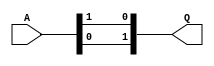
/* S-box using all normal bases */
/* case # 4 : [d^16, d], [alpha^8, alpha^2], [Omega^2, Omega] */
/* beta^8 = N^2*alpha^2, N = w^2 */
/* optimized using OR gates and NAND gates */

/* square in GF(2^2), using normal basis [Omega^2,Omega] */
/* inverse is the same as square in GF(2^2), using any normal basis */
module GF_SQ_2 ( A, Q );
    input [1:0] A;
    output [1:0] Q;
    assign Q = { A[0], A[1] };
endmodule

/* multiply in GF(2^2), shared factors, using normal basis [Omega^2,Omega] */
module GF_MULS_2 ( A, ab, B, cd, Y );
    input [1:0] A;
    input ab;
    input [1:0] B;
    input cd;
    output [1:0] Y;
    wire abcd, p, q;
    assign abcd = ~(ab & cd); /* note: ~& syntax for NAND wont compile */
    assign p = (~(A[1] & B[1])) ^ abcd;
    assign q = (~(A[0] & B[0])) ^ abcd;
    assign Y = { p, q };
endmodule

/* multiply & scale by N in GF(2^2), shared factors, basis [Omega^2,Omega] */
module GF_MULS_SCL_2 ( A, ab, B, cd, Y );
    input [1:0] A;
    input ab;
    input [1:0] B;
    input cd;
    output [1:0] Y;
    wire t, p, q;
    assign t = ~(A[0] & B[0]); /* note: ~& syntax for NAND wont compile */
    assign p = (~(ab & cd)) ^ t;
    assign q = (~(A[1] & B[1])) ^ t;
    assign Y = { p, q };
endmodule

/* inverse in GF(2^4)/GF(2^2), using normal basis [alpha^8, alpha^2] */
module GF_INV_4 ( X, Y );
input [3:0] X;
output [3:0] Y;
    wire [1:0] a, b, c, d, p, q;
    wire sa, sb, sd; /* for shared factors in multipliers */
    assign a = X[3:2];
    assign b = X[1:0];
    assign sa = a[1] ^ a[0];
    assign sb = b[1] ^ b[0];
    /* optimize this section as shown below
    GF_MULS_2 abmul(a, sa, b, sb, ab);
    GF_SQ_2 absq( (a ^ b), ab2);
    GF_SCLW2_2 absclN( ab2, ab2N);
    GF_SQ_2 dinv( (ab ^ ab2N), d);
    */
    assign c = { /* note: ~| syntax for NOR wont compile */
    ~(a[1] | b[1]) ^ (~(sa & sb)) ,
    ~(sa | sb) ^ (~(a[0] & b[0])) };
    GF_SQ_2 dinv( c, d);
    /* end of optimization */
    assign sd = d[1] ^ d[0];
    GF_MULS_2 pmul(d, sd, b, sb, p);
    GF_MULS_2 qmul(d, sd, a, sa, q);
    assign Y = { p, q };
endmodule

/* multiply in GF(2^4)/GF(2^2), shared factors, basis [alpha^8, alpha^2] */
module GF_MULS_4 ( A, a1, Al, Ah, aa, B, b1, Bl, Bh, bb, Q );
    input [3:0] A;
    input [1:0] a1;
    input Al;
    input Ah;
    input aa;
    input [3:0] B;
    input [1:0] b1;
    input Bl;
    input Bh;
    input bb;
    output [3:0] Q;
    wire [1:0] ph, pl, p;
    GF_MULS_2 himul(A[3:2], Ah, B[3:2], Bh, ph);
    GF_MULS_2 lomul(A[1:0], Al, B[1:0], Bl, pl);
    GF_MULS_SCL_2 summul( a1, aa, b1, bb, p);
    assign Q = { (ph ^ p), (pl ^ p) };
endmodule

/* inverse in GF(2^8)/GF(2^4), using normal basis [d^16, d] */
module GF_INV_8 ( X, Y );
    input [7:0] X;
    output [7:0] Y;
    wire [3:0] a, b, c, d, p, q;
    wire [1:0] sa, sb, sd; /* for shared factors in multipliers */
    wire al, ah, aa, bl, bh, bb, dl, dh, dd; /* for shared factors */
    wire c1, c2, c3; /* for temp var */
    assign a = X[7:4];
    assign b = X[3:0];
    assign sa = a[3:2] ^ a[1:0];
    assign sb = b[3:2] ^ b[1:0];
    assign al = a[1] ^ a[0];
    assign ah = a[3] ^ a[2];
    assign aa = sa[1] ^ sa[0];
    assign bl = b[1] ^ b[0];
    assign bh = b[3] ^ b[2];
    assign bb = sb[1] ^ sb[0];
    // optimize this section as shown below
    /*GF_MULS_4 abmul(a, sa, al, ah, aa, b, sb, bl, bh, bb, ab);
    GF_SQ_SCL_4 absq( (a ^ b), ab2);
    GF_INV_4 dinv( (ab ^ ab2), d);*/
    
    assign c1 = ~(ah & bh);
    assign c2 = ~(sa[0] & sb[0]);
    assign c3 = ~(aa & bb);
    assign c = { 
    (~(sa[0] | sb[0]) ^ (~(a[3] & b[3]))) ^ c1 ^ c3 ,
    (~(sa[1] | sb[1]) ^ (~(a[2] & b[2]))) ^ c1 ^ c2 ,
    (~(al | bl) ^ (~(a[1] & b[1]))) ^ c2 ^ c3 ,
    (~(a[0] | b[0]) ^ (~(al & bl))) ^ (~(sa[1] & sb[1])) ^ c2 };
    GF_INV_4 dinv( c, d);
    /* end of optimization */
    assign sd = d[3:2] ^ d[1:0];
    assign dl = d[1] ^ d[0];
    assign dh = d[3] ^ d[2];
    assign dd = sd[1] ^ sd[0];
    GF_MULS_4 pmul(d, sd, dl, dh, dd, b, sb, bl, bh, bb, p);
    GF_MULS_4 qmul(d, sd, dl, dh, dd, a, sa, al, ah, aa, q);
    assign Y = { p, q };
endmodule

/* find either Sbox or its inverse in GF(2^8), by Canright Algorithm */
module bSbox ( A, Q );
    input [7:0] A;
    output [7:0] Q;
    wire [7:0] B, C;
    wire R1, R2, R3, R4, R5, R6, R7, R8, R9;
    wire T1, T2, T3, T4, T5, T6, T7, T8, T9;
    /* change basis from GF(2^8) to GF(2^8)/GF(2^4)/GF(2^2) */
    /* combine with bit inverse matrix multiply of Sbox */
    assign R1 = A[7] ^ A[5] ;
    assign R2 = A[7] ^ A[4] ;
    assign R3 = A[6] ^ A[0] ;
    assign R4 = A[5] ^ R3 ;
    assign R5 = A[4] ^ R4 ;
    assign R6 = A[3] ^ A[0] ;
    assign R7 = A[2] ^ R1 ;
    assign R8 = A[1] ^ R3 ;
    assign R9 = A[3] ^ R8 ;
    assign B[7] = R7 ^ R8 ;
    assign B[6] = R5 ;
    assign B[5] = A[1] ^ R4 ;
    assign B[4] = R1 ^ R3 ;
    assign B[3] = A[1] ^ R2 ^ R6 ;
    assign B[2] = A[0] ;
    assign B[1] = R4 ;
    assign B[0] = A[2] ^ R9 ;
    GF_INV_8 inv( B, C );
    /* change basis back from GF(2^8)/GF(2^4)/GF(2^2) to GF(2^8) */
    assign T1 = C[7] ^ C[3] ;
    assign T2 = C[6] ^ C[4] ;
    assign T3 = C[6] ^ C[0] ;
    assign T4 = C[5] ^ C[3] ;
    assign T5 = C[5] ^ T1 ;
    assign T6 = C[5] ^ C[1] ;
    assign T7 = C[4] ^ T6 ;
    assign T8 = C[2] ^ T4 ;
    assign T9 = C[1] ^ T2 ;
    assign Q[7] = T4 ;
    assign Q[6] = ~T1 ;
    assign Q[5] = ~T3 ;
    assign Q[4] = T5 ;
    assign Q[3] = T2 ^ T5 ;
    assign Q[2] = T3 ^ T8 ;
    assign Q[1] = ~T7 ;
    assign Q[0] = ~T9 ;
endmodule